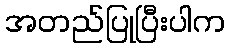
အတည်ပြုပြီးပါက